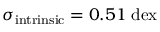
\sigma _ { \mathrm { i n t r i n s i c } } = 0 . 5 1 \; \mathrm { d e x }